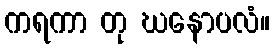
ကရကာ တု ဃနောပလံ။